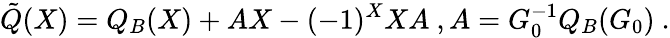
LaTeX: \tilde{Q}(X)=Q_{B}(X)+AX-(-1)^{X}XA\ ,A=G_{0}^{-1}Q_{B}(G_{0})\ .